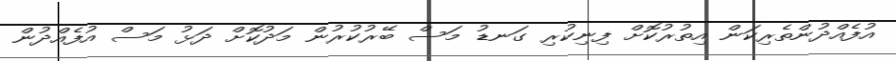
އުފެއްދުންތެރިކަން އިތުރުކޮށް ފިނިކުރި ގަނޑު މަސް ބޭރުކުރުން މަދުކޮށް ދަޅު މަސް އުފެއްދުން